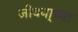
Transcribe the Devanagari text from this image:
जीवना्च्या